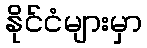
နိုင်ငံများမှာ